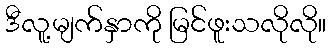
ဒီလူ့မျက်နှာကို မြင်ဖူးသလိုလို။